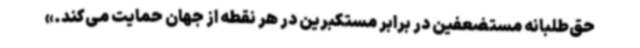
حق‌طلبانه مستضعفین در برابر مستکبرین در هر نقطه از جهان حمایت می‌کند.»